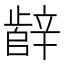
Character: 辪